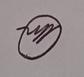
Signature authenticity: genuine